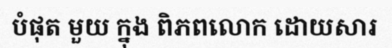
បំផុត មួយ ក្នុង ពិភពលោក ដោយសារ